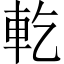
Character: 𨊰